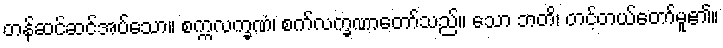
တန်ဆင်ဆင်အပ်သော။ စက္ကလက္ခဏံ၊ စက်လက္ခဏာတော်သည်။ သော ဘတိ၊ တင့်တယ်တော်မူ၏။